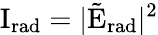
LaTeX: \mathrm{{I}}_{\mathrm{{rad}}}=|\tilde{\mathrm{{E}}}_{\mathrm{{rad}}}|^{2}